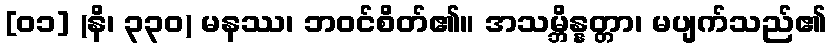
[၀၁] (နိ၊ ၃၃၀) မနဿ၊ ဘဝင်စိတ်၏။ အသမ္ဘိန္နတ္တာ၊ မပျက်သည်၏